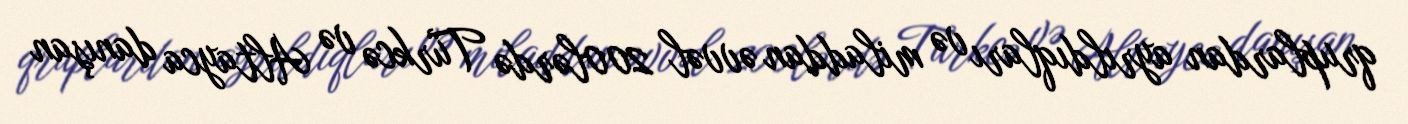
qruplardan ayrıldıqları və miladdan əvvəl 200lərdə Türkcə və Altayca danışan